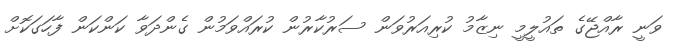
ވަނީ ރާއްޖޭގެ ތައުލީމީ ނިޒާމު ކުރިއަރުވަން ސަރުކާރުން ކުރައްވަމުން ގެންދަވާ ކަންކަން ފާހަގަކޮށް